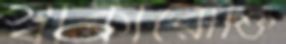
স্বাকারোক্তি